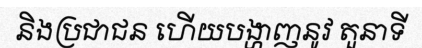
និងប្រជាជន ហើយបង្ហាញនូវ តួនាទី